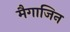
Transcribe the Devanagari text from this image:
मैगाजिन